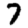
Digit: 7